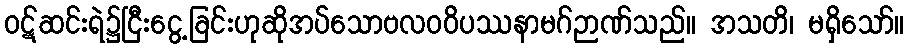
ဝဋ်ဆင်းရဲ၌ငြီးငွေ့ခြင်းဟုဆိုအပ်သောဗလဝဝိပဿနာမဂ်ဉာဏ်သည်။ အသတိ၊ မရှိသော်။